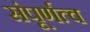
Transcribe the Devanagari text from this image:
संपूर्णत्व